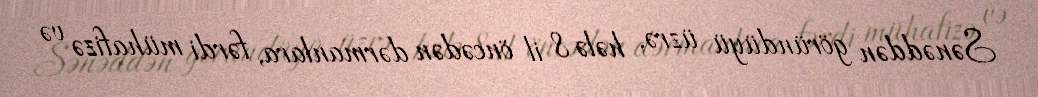
Sənəddən göründüyü üzrə, hələ 8 il öncədən dərmanlara, fərdi mühafizə və